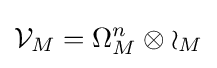
{\mathcal {V}}_{M}=\Omega _{M}^{n}\otimes {\mathcal {o}}_{M}